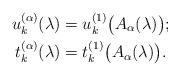
LaTeX: \begin{align*} u_{k}^{(\alpha)}(\lambda) &= u_{k}^{(1)}\big(A_\alpha(\lambda) \big); \\ t_{k}^{(\alpha)}(\lambda) &= t_{k}^{(1)}\big(A_\alpha(\lambda) \big).\end{align*}